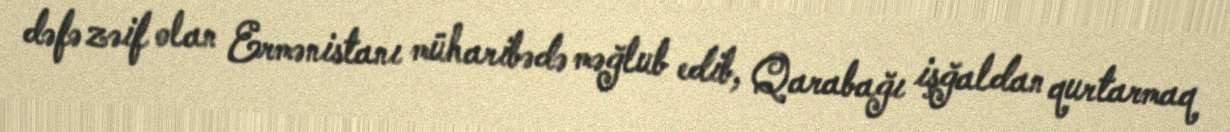
dəfə zəif olan Ermənistanı müharibədə məğlub edib, Qarabağı işğaldan qurtarmaq